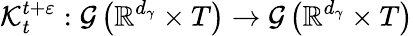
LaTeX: \mathcal{K}_{t}^{t+\varepsilon}:\mathcal{G}\left(\mathbb{R}^{d_{\gamma}}\times T\right)\rightarrow\mathcal{G}\left(\mathbb{R}^{d_{\gamma}}\times T\right)